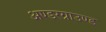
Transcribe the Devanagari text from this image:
अण्डरग्राउण्ड